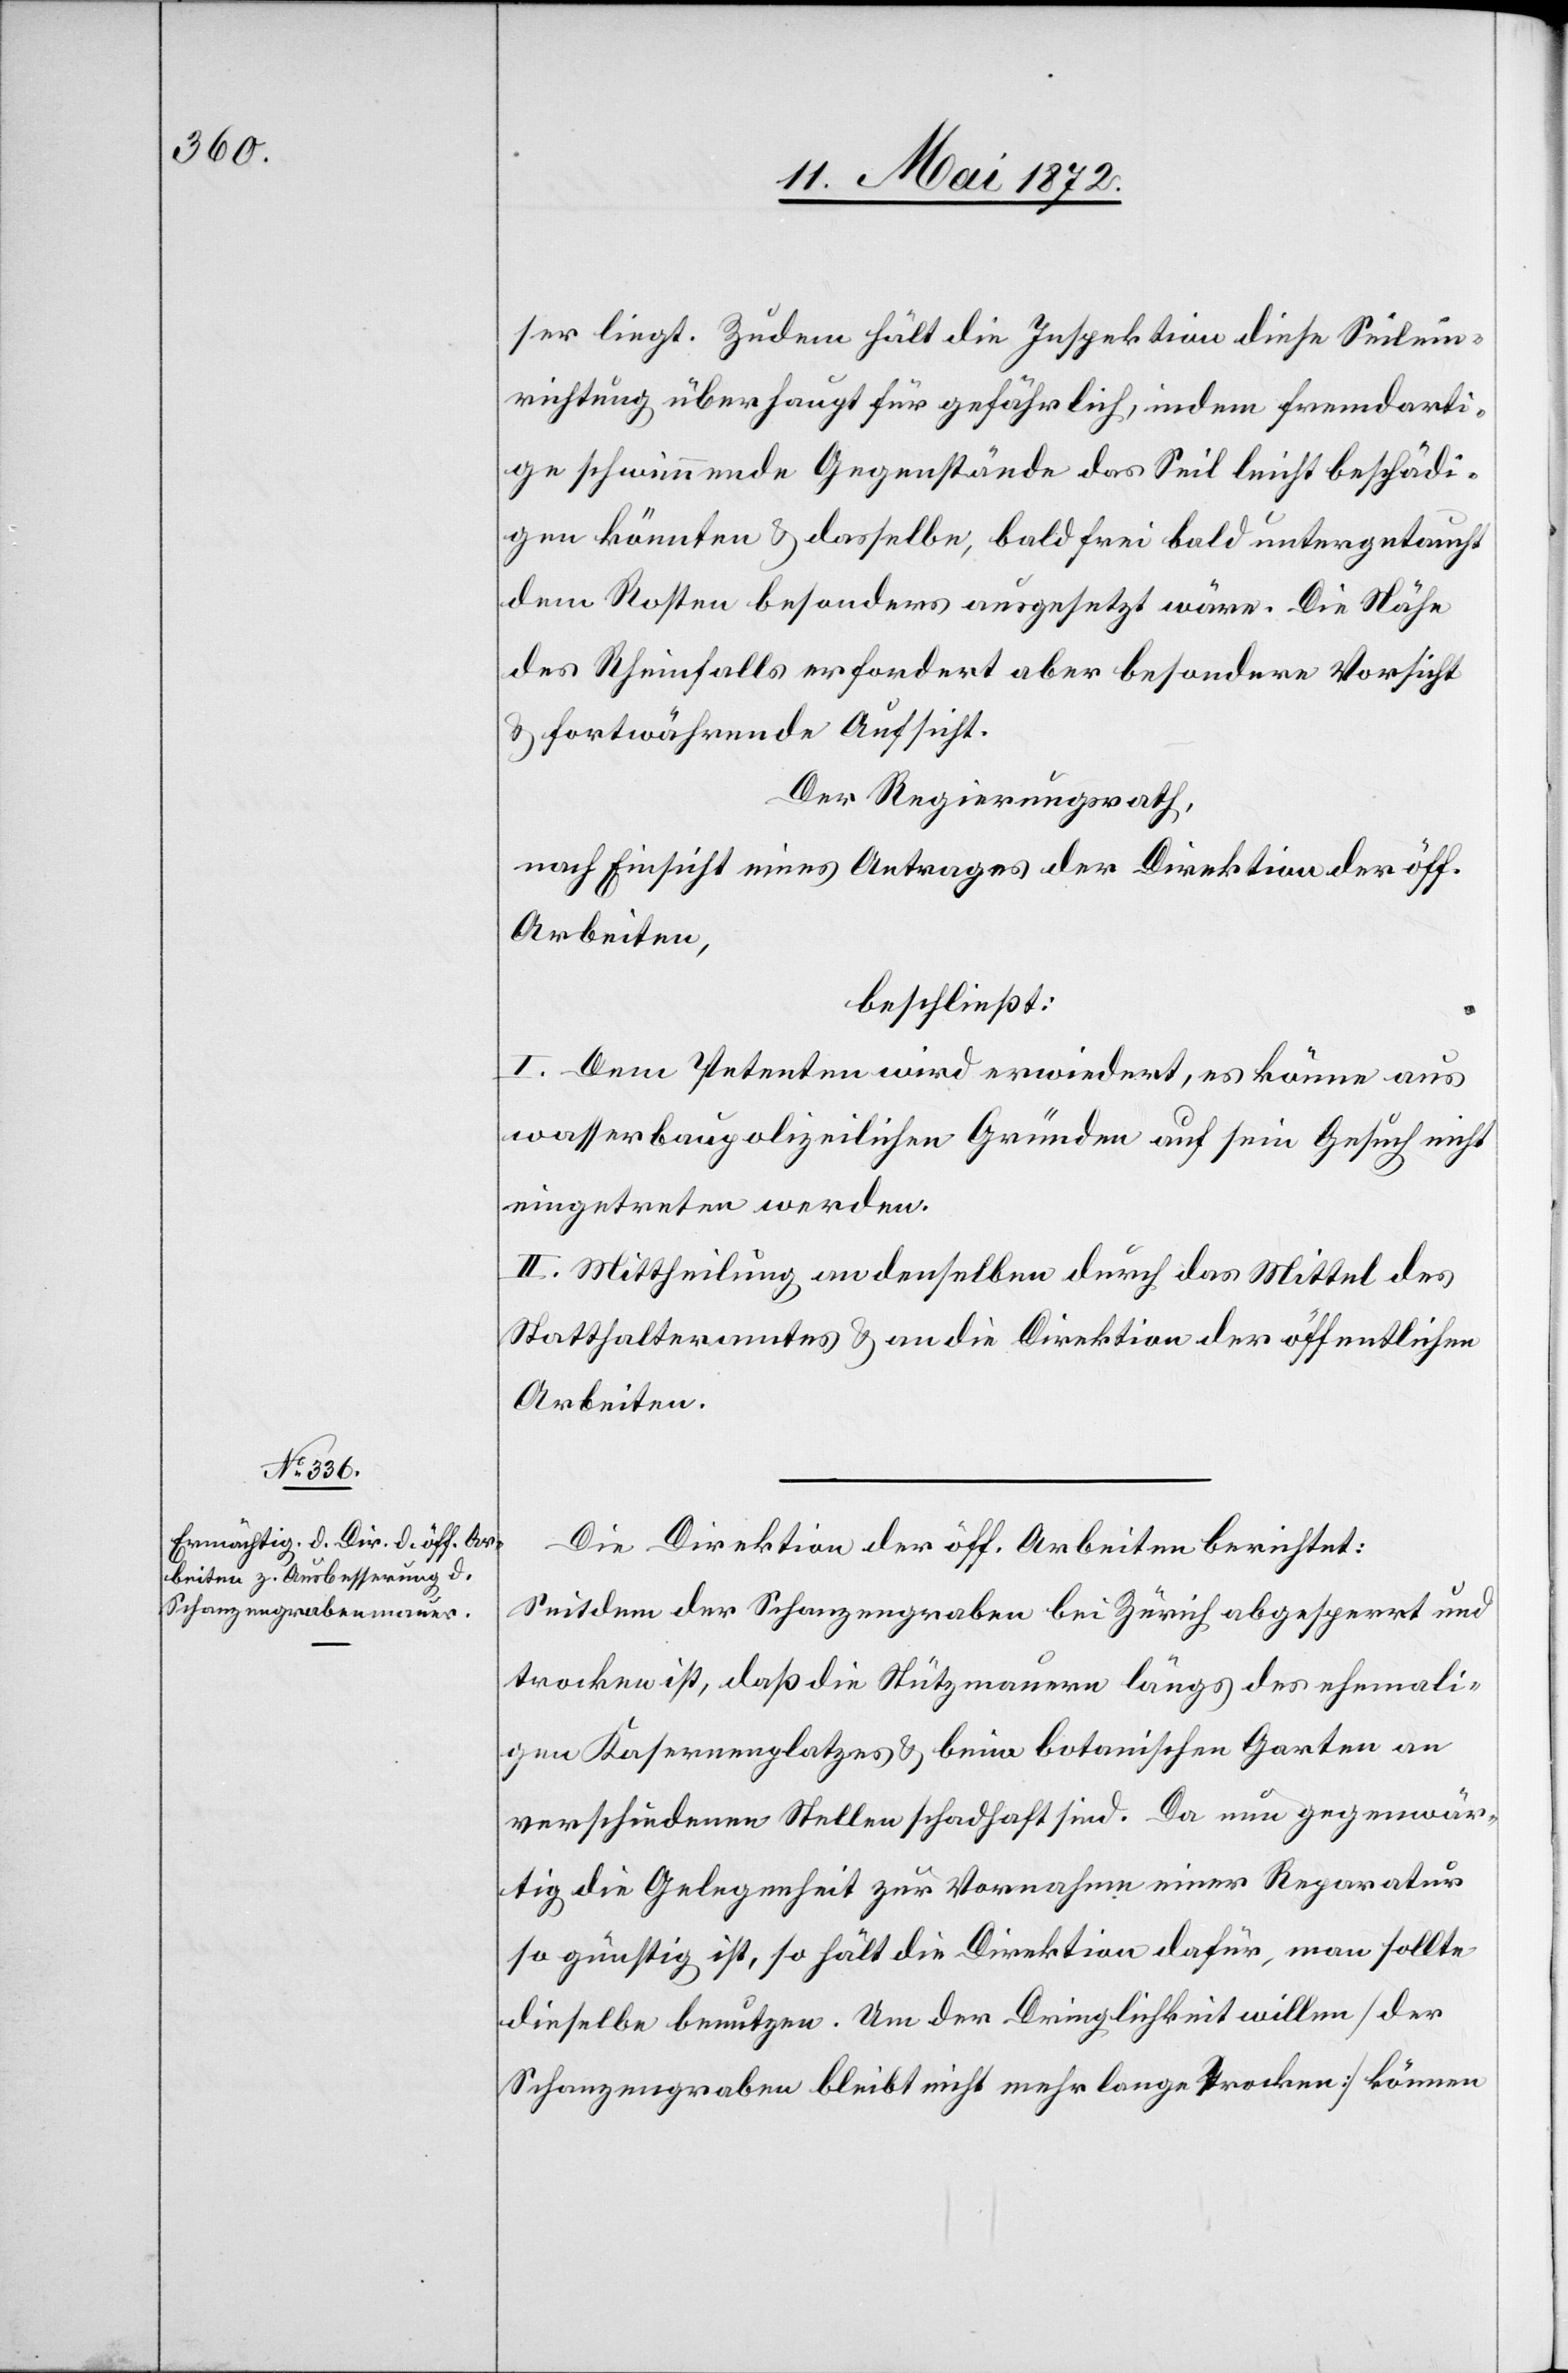
ser liegt. Zudem hält die Inspektion diese Seilein¬
richtung überhaupt für gefährlich, indem fremdarti¬
ge schwimmende Gegenstände das Seil leicht beschädi¬
gen könnten u. dasselbe, bald frei bald untergetaucht
dem Rosten besonders ausgesetzt wäre. Die Nähe
des Rheinfalls erfordert aber besondere Vorsicht
u. fortwährende Aufsicht.
Der Regierungsrath,
nach Einsicht eines Antrages der Direktion der öff.
Arbeiten,
beschließt:
I. Dem Petenten wird erwiedert, es könne aus
wasserbaupolizeilichen Gründen auf sein Gesuch nicht
eingetreten werden.
II. Mittheilung an denselben durch das Mittel des
Statthalteramtes u. an die Direktion der öffentlichen
Arbeiten.
Die Direktion der öff. Arbeiten berichtet:
Seitdem der Schanzengraben bei Zürich abgesperrt und
trocken ist, daß die Nützmauern längs des ehemali¬
gen Kasernenplatzes u. beim botanischen Garten an
verschiedenen Stellen schadhaft sind. Da nun gegenwär¬
tig die Gelegenheit zur Vornahme einer Reparatur
so günstig ist, so hält die Direktion dafür, man sollte
dieselbe benutzen. Um der Dringlichkeit willen [der
Schanzengraben bleibt nicht mehr lange trocken] können